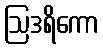
ဩဒရိကော